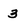
Character: 3